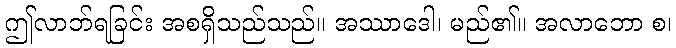
ဤလာဘ်ရခြင်း အစရှိသည်သည်။ အဿာဒေါ၊ မည်၏။ အလာဘော စ၊